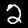
Digit: 2